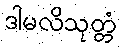
ဒါမလိသုတ္တံ